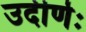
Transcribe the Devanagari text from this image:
उदीर्णः